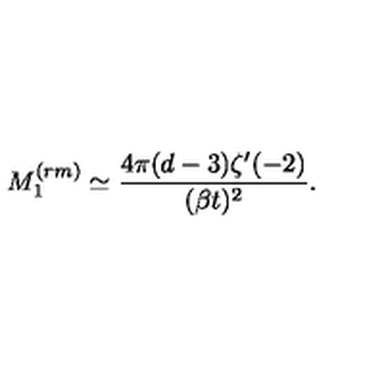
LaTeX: M _ { 1 } ^ { ( r m ) } \simeq \frac { 4 \pi ( d - 3 ) \zeta ^ { \prime } ( - 2 ) } { ( \beta t ) ^ { 2 } } .